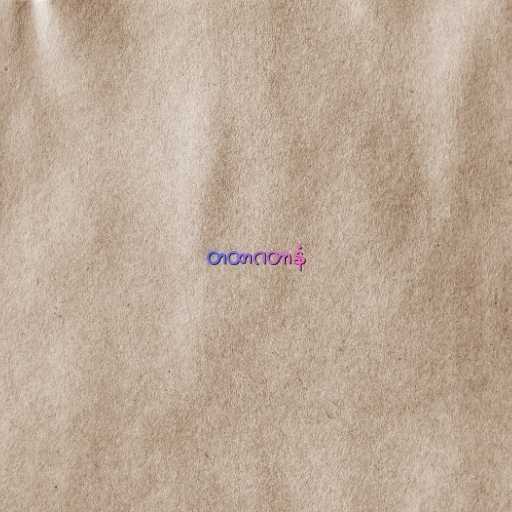
တထာဂတာနံ